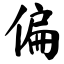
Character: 偏